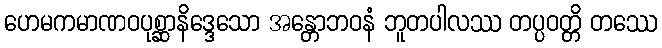
ဟေမကမာဏဝပုစ္ဆာနိဒ္ဒေသော အန္တောဘဝနံ ဘူတပါလဿ တပ္ပဝတ္တိ တဿေ